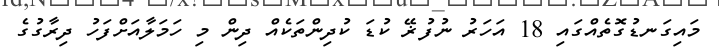
މައިގަނޑުގޮތެއްގައި 18 އަހަރު ނުފުޜޭ ކުޑަ ކުދިންތަކެއް ދިން މި ހަމަލާއަށްފަހު ދިރާގުގެ